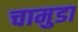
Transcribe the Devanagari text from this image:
चामुडा